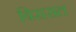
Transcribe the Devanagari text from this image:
बिरासत